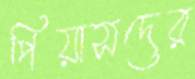
পিয়াসদের